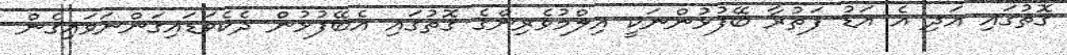
ގޮތުގައި އަދި އެ އަޑު ފަތުރާ ބޭފުޅުންނަކީ އިލްމުވެރިންގެ ގޮތުގައި އެބޭފުޅުން ދެކެވަޑައިގަންނަވައިގެން